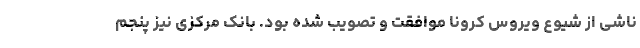
ناشی از شیوع ویروس کرونا موافقت و تصویب شده بود. بانک مرکزی نیز پنجم